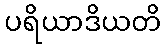
ပရိယာဒိယတိ